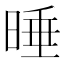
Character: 𣇦